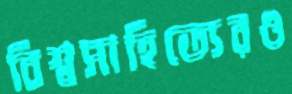
বিশ্বসাহিত্যেরও